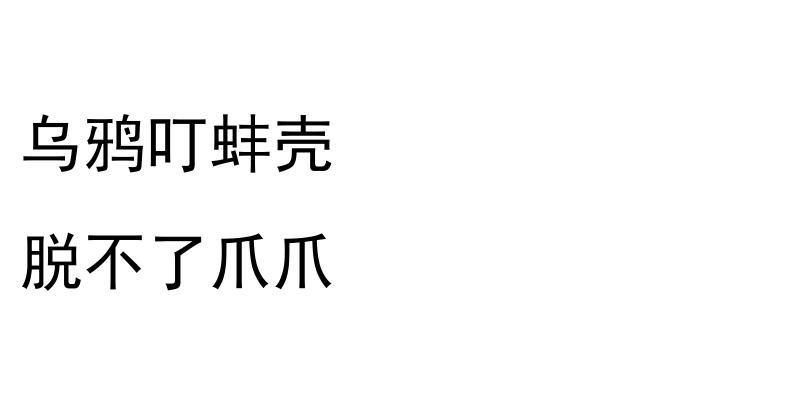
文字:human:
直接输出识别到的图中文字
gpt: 乌鸦叮蚌壳 脱不了爪爪